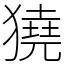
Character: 獟